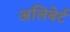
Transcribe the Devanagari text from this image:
अलिबेर्ट